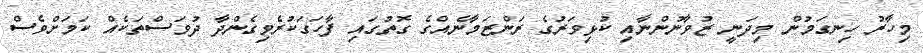
މިހާރު ހިނގަމުން މިދަނީ ޒުވާނުންނާއި ކުޅިވަރުގެ ރަންޒަމާނެއްގެ ގޮތުގައި ފާހަގަކުރެވިގެންދާ ދުވަސްތަކެއް ކަމަށްވެސް